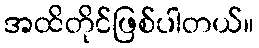
အထိတိုင်ဖြစ်ပါတယ်။